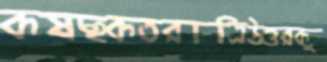
কষছকতরাত্রিউত্তরকু